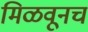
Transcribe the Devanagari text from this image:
मिळवूनच